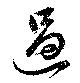
過